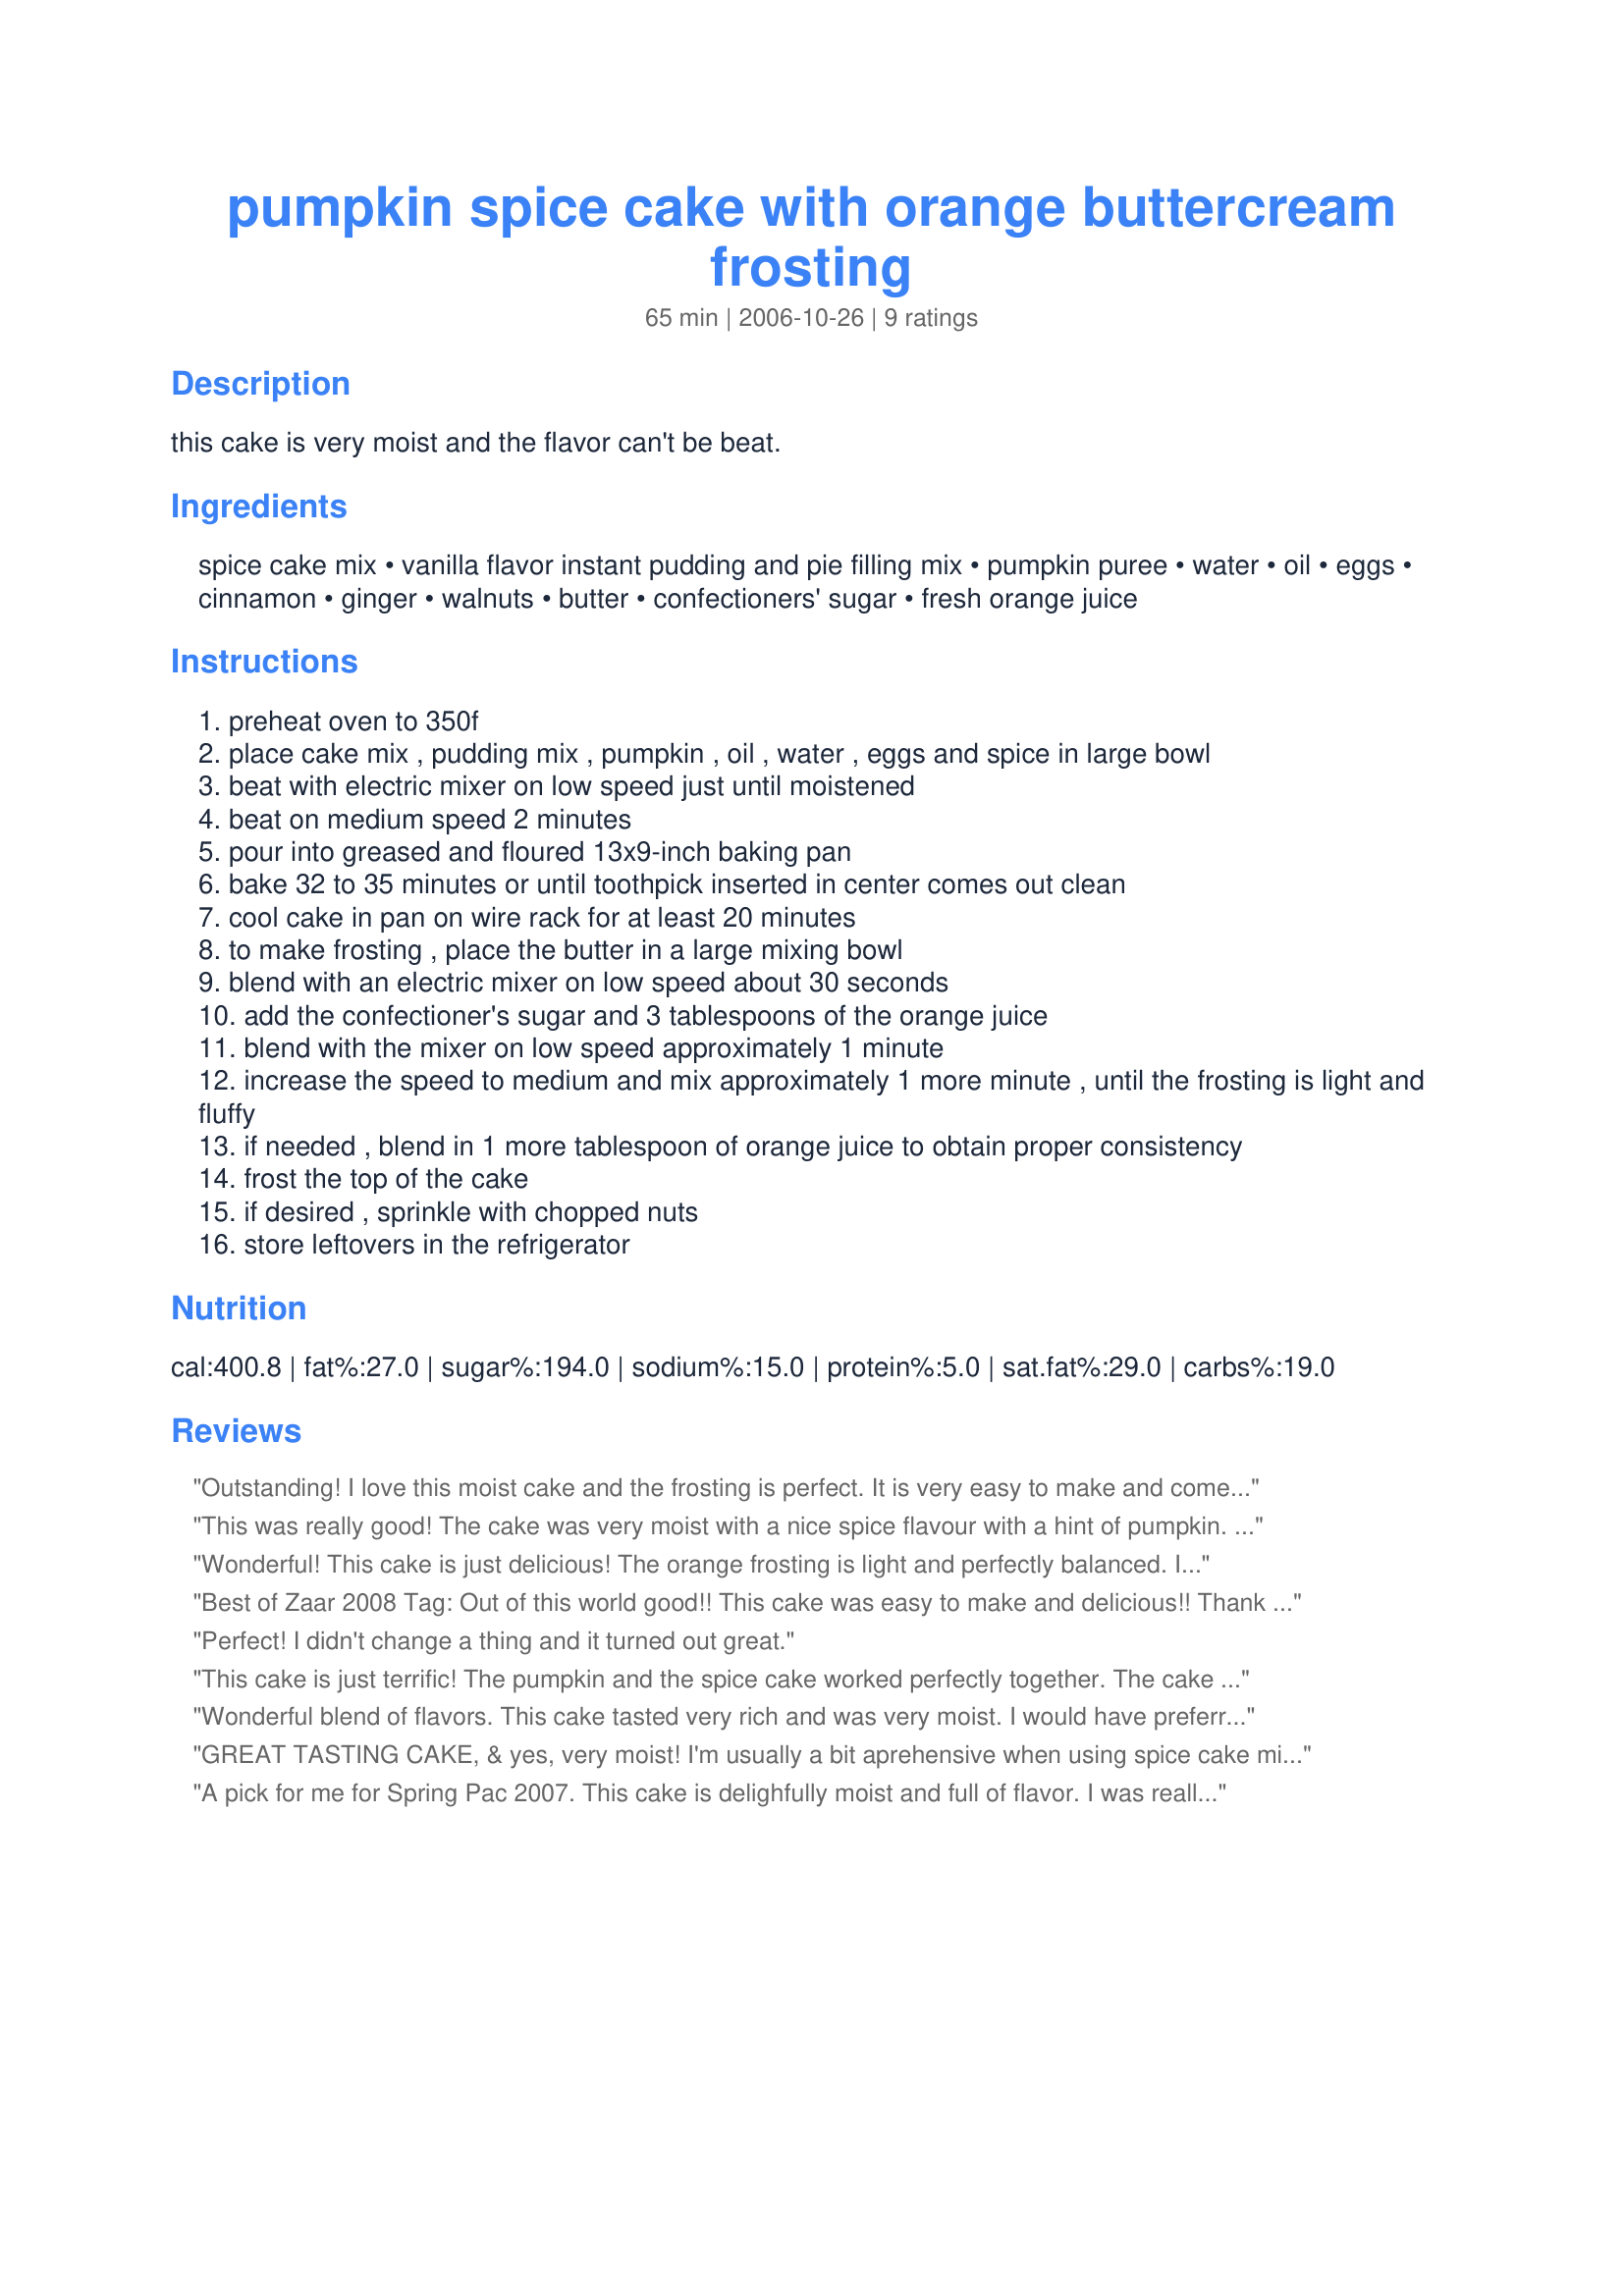
pumpkin spice cake with orange buttercream frosting
Preparation time: 65 minutes

this cake is very moist and the flavor can't be beat.

Ingredients:
spice cake mix, vanilla flavor instant pudding and pie filling mix, pumpkin puree, water, oil, eggs, cinnamon, ginger, walnuts, butter, confectioners' sugar, fresh orange juice

Steps:
preheat oven to 350f
place cake mix , pudding mix , pumpkin , oil , water , eggs and spice in large bowl
beat with electric mixer on low speed just until moistened
beat on medium speed 2 minutes
pour into greased and floured 13x9-inch baking pan
bake 32 to 35 minutes or until toothpick inserted in center comes out clean
cool cake in pan on wire rack for at least 20 minutes
to make frosting , place the butter in a large mixing bowl
blend with an electric mixer on low speed about 30 seconds
add the confectioner's sugar and 3 tablespoons of the orange juice
blend with the mixer on low speed approximately 1 minute
increase the speed to medium and mix approximately 1 more minute , until the frosting is light and fluffy
if needed , blend in 1 more tablespoon of orange juice to obtain proper consistency
frost the top of the cake
if desired , sprinkle with chopped nuts
store leftovers in the refrigerator

Reviews:
Outstanding! I love this moist cake and the frosting is perfect. It is very easy to make and comes together in a snap. The spice flavor is so good. I really liked the orange in the frosting. I added some fresh orange zest to the frosting, then a bit on top. I will be making these again. I'd like to try it in a bundt or even cupcakes. Made and Enjoyed 'for Please Review My Recipe Tag - Thanks! :)
This was really good! The cake was very moist with a nice spice flavour with a hint of pumpkin. I was making a pumpkin-shaped cake, so I did up a double recipe, which I baked in four 8" round tins. It was perfect for my project! Thanks for posting.
Wonderful! This cake is just delicious! The orange frosting is light and perfectly balanced. I made these as jumbo muffins, and they were just great! Thanks for posting this wonderful recipe!!!! :) Made for Potluck Tag
Best of Zaar 2008 Tag: Out of this world good!! This cake was easy to make and delicious!! Thank you for sharing!
Perfect! I didn't change a thing and it turned out great.
This cake is just terrific! The pumpkin and the spice cake worked perfectly together. The cake was so moist and I loved the icing just as much! I used half of the batter to make a dozen cupcakes (in foil tins so they wouldn't stick) and the rest to make a small cake. I used the toasted walnuts as a topping. I just loved everything about this - thanks for posting the recipe!
Wonderful blend of flavors. This cake tasted very rich and was very moist. I would have preferred a more pronounced orange flavor in the frosting but everyone else loved it. This will be a repeat, especially around the holidays.
GREAT TASTING CAKE, & yes, very moist! I'm usually a bit aprehensive when using spice cake mixes, but it worked very well here! I added some finely minced orange zest to the frosting, which was great, then topped it all off with toasted pecans! Will certainly be making this one again! [Tagged, made & reviewed in the Potluck Tag Game]
A pick for me for Spring Pac 2007. This cake is delighfully moist and full of flavor. I was really impressed with it. It was very easty to make and sooo good. Thanks for sharing!
